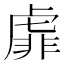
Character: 𧇁